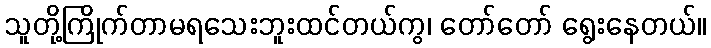
သူတို့ကြိုက်တာမရသေးဘူးထင်တယ်ကွ၊ တော်တော် ရွေးနေတယ်။